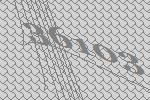
36103